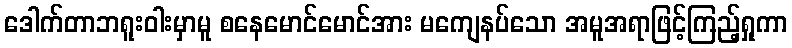
ဒေါက်တာဘရူးဝါးမှာမူ စနေမောင်မောင်အား မကျေနပ်သော အမူအရာဖြင့်ကြည့်ရှုကာ